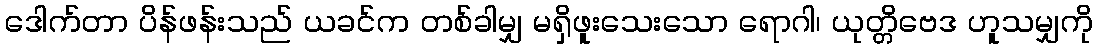
ဒေါက်တာ ပိန်ဖန်းသည် ယခင်က တစ်ခါမျှ မရှိဖူးသေးသော ရောဂါ၊ ယုတ္တိဗေဒ ဟူသမျှကို